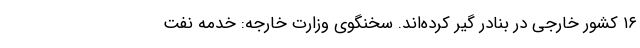
۱۶ کشور خارجی در بنادر گیر کرده‌اند. سخنگوی وزارت خارجه: خدمه نفت